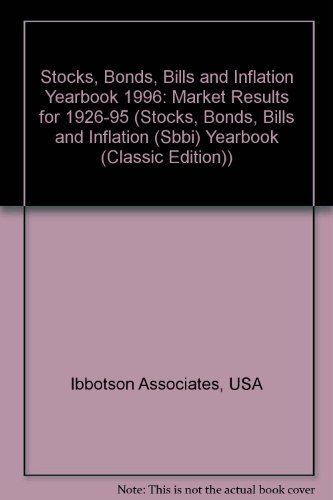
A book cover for Stocks Bonds Bills and Inflation 1996 Yearbook: Market Results for 1926-1995 (Stocks, Bonds, Bills and Inflation (Sbbi) Yearbook (Classic Edition)); Ibbotson Associates; Business & Money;